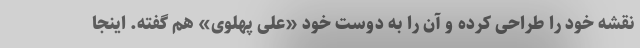
نقشه خود را طراحی کرده و آن را به دوست خود «علی پهلوی» هم گفته. اینجا